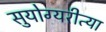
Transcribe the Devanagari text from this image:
सुयोग्यरीत्या